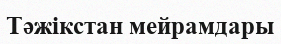
Тәжікстан мейрамдары